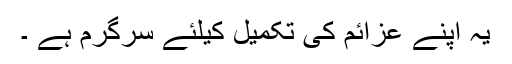
یہ اپنے عزائم کی تکمیل کیلئے سرگرم ہے ۔